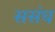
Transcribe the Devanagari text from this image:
ससंघ